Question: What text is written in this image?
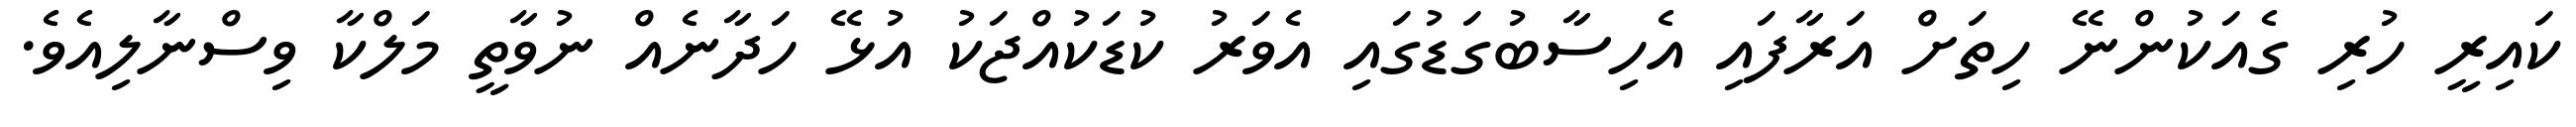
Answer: ކައިރީ ހުރި ގެއަކުންނޭ ހިތަށް އަރާފައި އެހިސާބުގަޑުގައި އެވަރު ކުޑަކުއްޖަކު އުޅޭ ހަދާނެއް ނުވާތީ މަލްކާ ވިސްނާލިއެވެ.